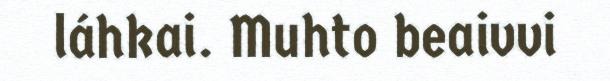
láhkai. Muhto beaivvi